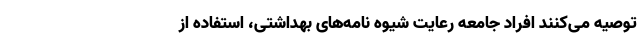
توصیه می‌کنند افراد جامعه رعایت شیوه نامه‌های بهداشتی، استفاده از